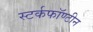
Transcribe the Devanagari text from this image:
स्टर्कफॉण्टीन